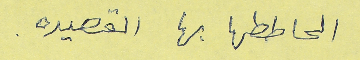
الحاططها بها القصيده.